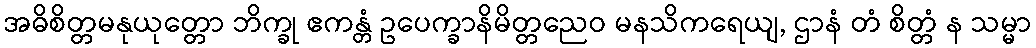
အဓိစိတ္တမနုယုတ္တော ဘိက္ခု ဧကန္တံ ဥပေက္ခာနိမိတ္တညေဝ မနသိကရေယျ, ဌာနံ တံ စိတ္တံ န သမ္မာ